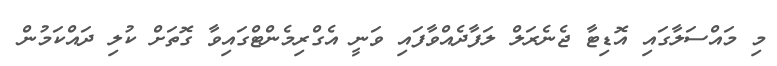
މި މައްސަލާގައި އޮޑިޓާ ޖެނެރަލް ލަފާދެއްވާފައި ވަނީ އެގްރިމެންޓްގައިވާ ގޮތަށް ކުލި ދައްކަމުން